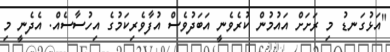
"އަޅުގަނޑު މި ރަށަށް އައުމުން ކުރެވެނީ އަބަދުވެސް އުފާވެރިކަމުގެ އިހުސާސެއް. އެދެނީ މި